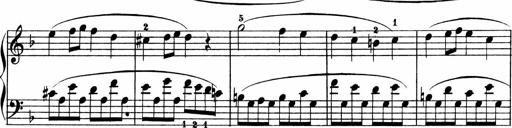
Title: 2 instructive Sonatinen
Composer: Paul Schumacher